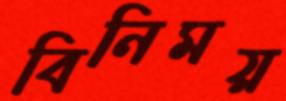
বিনিময়